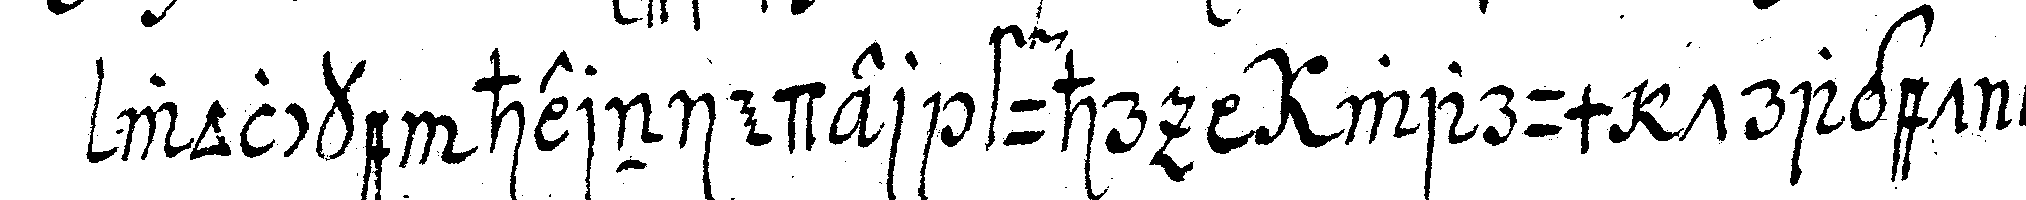
wolcke hernieder fuhr  warum traget ihr